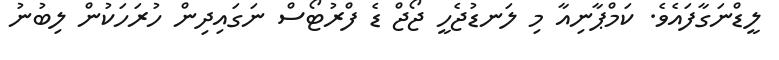
ލީޑްނަގާފައެވެ. ކަމްޕާނިއާ މި ލަނޑުޖެހީ ޖޯޖް ޑެ ފްރުޓޯސް ނަގައިދިން ހުރަހަކުން ލިބުނު